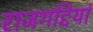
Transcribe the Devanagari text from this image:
राजगद्दियां